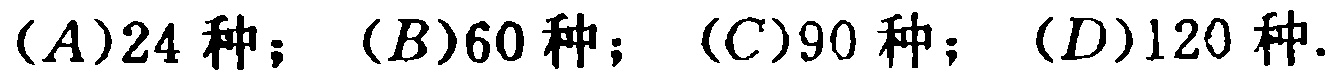
$(A)24\text{ 种}；(B)60\text{ 种}；(C)90\text{ 种}；(D)120\text{ 种}.$